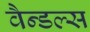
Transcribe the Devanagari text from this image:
वैन्डल्स